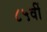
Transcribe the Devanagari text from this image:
८५वीं